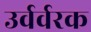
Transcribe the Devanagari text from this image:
उर्वर्वरक